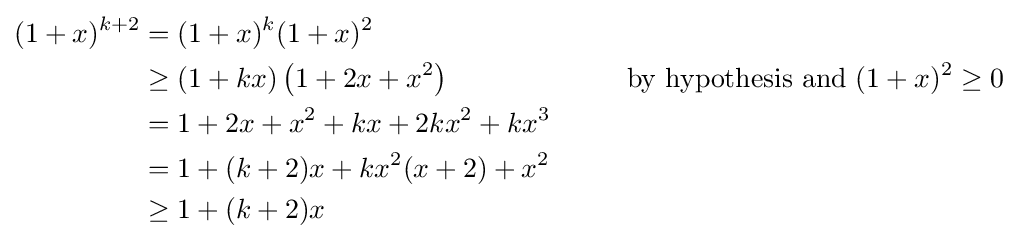
{\begin{aligned}(1+x)^{k+2}&=(1+x)^{k}(1+x)^{2}\\&\geq (1+kx)\left(1+2x+x^{2}\right)\qquad \qquad \qquad {\text{ by hypothesis and }}(1+x)^{2}\geq 0\\&=1+2x+x^{2}+kx+2kx^{2}+kx^{3}\\&=1+(k+2)x+kx^{2}(x+2)+x^{2}\\&\geq 1+(k+2)x\end{aligned}}